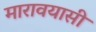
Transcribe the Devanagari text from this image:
मारावयासी